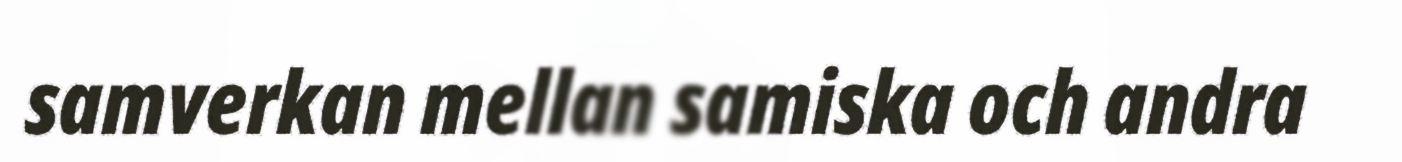
samverkan mellan samiska och andra